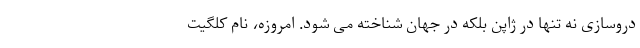
دروسازی نه تنها در ژاپن بلکه در جهان شناخته می شود. امروزه، نام کلگیت